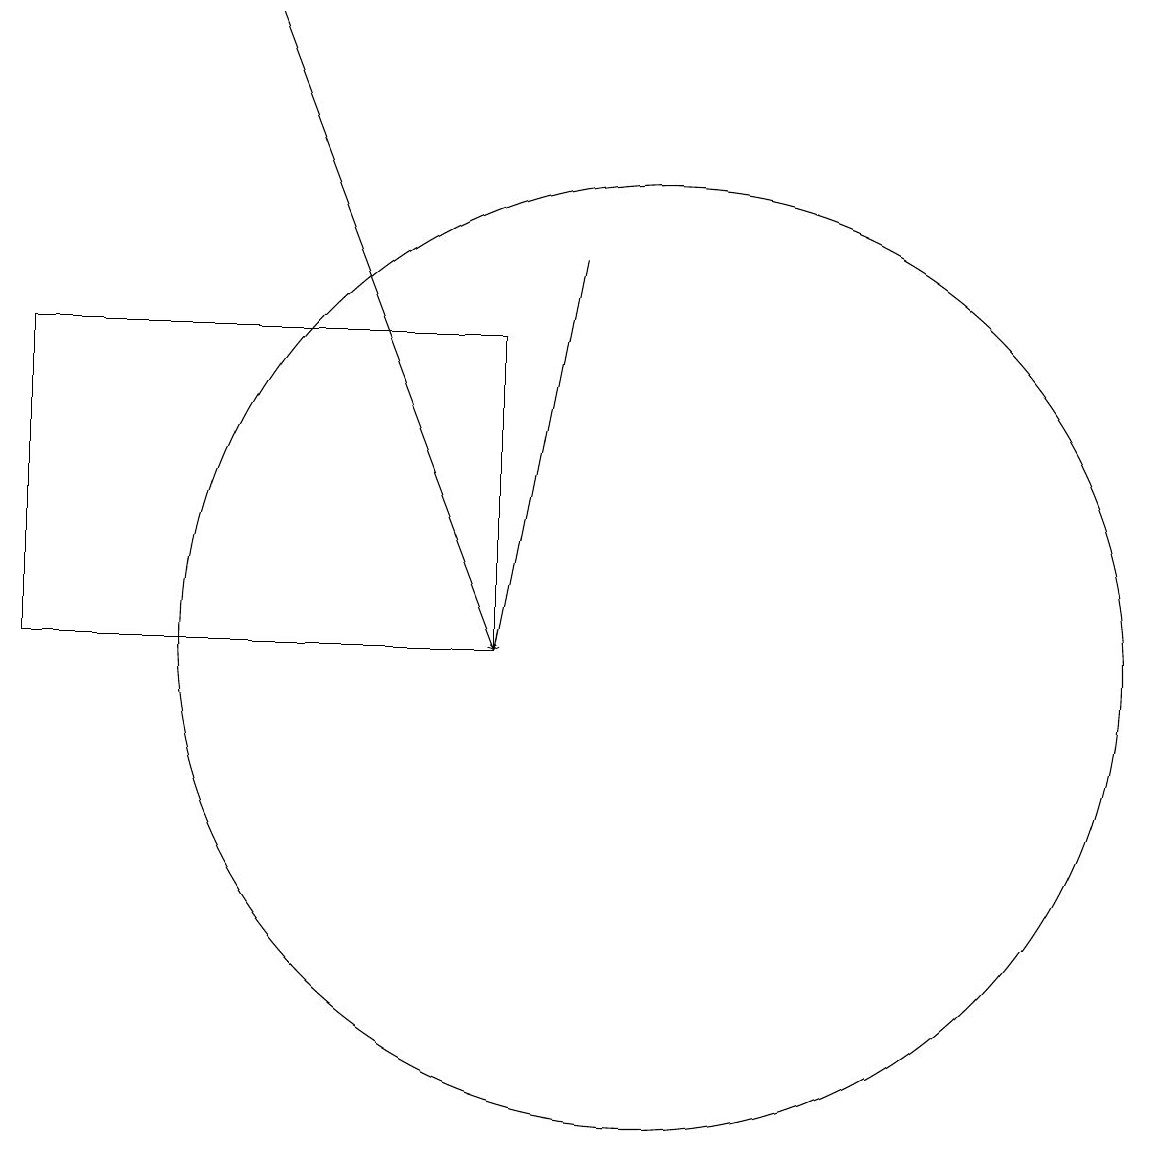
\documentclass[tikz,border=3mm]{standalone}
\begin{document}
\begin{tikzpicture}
\draw[->] (9,15) -- (8,10);
\draw (10,10) circle (6);
\draw[->] (5,18) -- (8,10);
\draw (2,14) rectangle (8,10);
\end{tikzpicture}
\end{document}